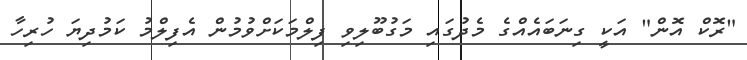
"ރޮކް އޮން" އަކީ ގިނަބައެއްގެ މެދުގައި މަގުބޫލިވި ފިލްމަކަށްވުމުން އެފިލްމު ކަމުދިޔަ ހުރިހާ